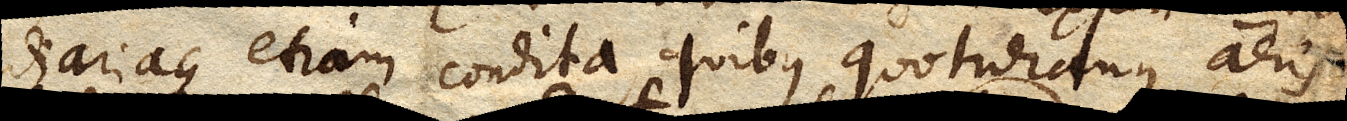
diariaque etiam condita, quibus quotidianus aeris et